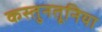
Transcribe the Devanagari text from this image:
कस्तुनतूनिया